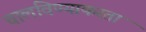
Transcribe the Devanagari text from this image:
चालविण्याकरता